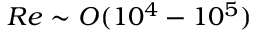
R e \sim O ( 1 0 ^ { 4 } - 1 0 ^ { 5 } )